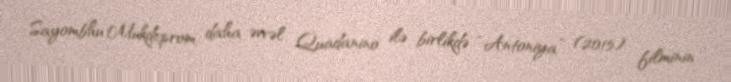
Sayombhu Mukdeprom daha əvvəl Quadanino ilə birlikdə “Antoniya” (2015) filminin